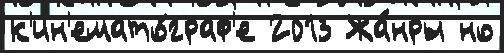
к'ин'емато́граф'е 2013 Жа́нры но